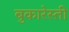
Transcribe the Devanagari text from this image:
बुकारेस्ती